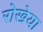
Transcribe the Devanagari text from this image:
रोखेया